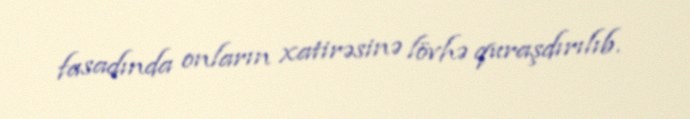
fasadında onların xatirəsinə lövhə quraşdırılıb.